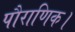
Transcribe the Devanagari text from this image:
पौराणिक।